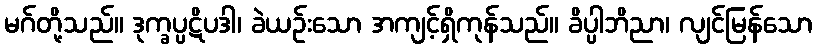
မဂ်တို့သည်။ ဒုက္ခပ္ပဋိပဒါ၊ ခဲယဉ်းသော အကျင့်ရှိကုန်သည်။ ခိပ္ပါဘိညာ၊ လျင်မြန်သော